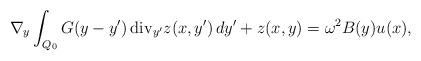
LaTeX: \begin{align*} \nabla_{y}\int_{Q_0}{ G}(y-y')\,{\rm div}_{y'} z(x,y')\,dy'+z(x,y)=\omega^2B(y)u(x),\end{align*}